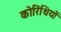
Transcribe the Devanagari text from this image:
कोरिंथियों